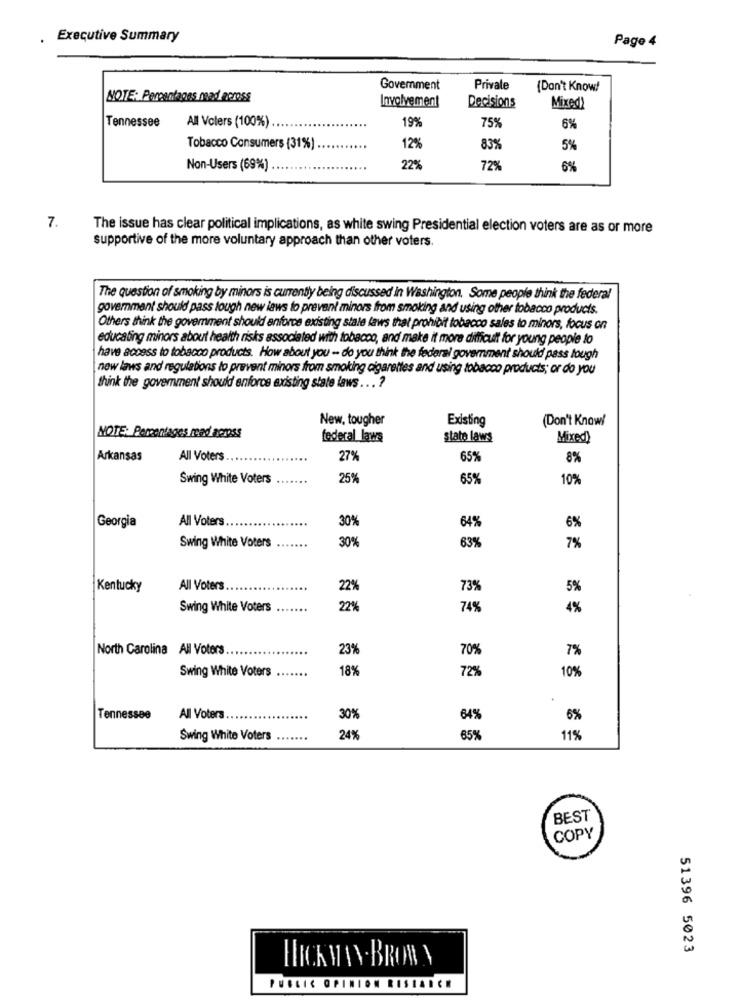
Executive Summary
Page 4
Government
Private
[Don't Know!
NOTE: Percentages mad nemss
Involvement
Decisions
Mixed
Tennessee
All Volers (100%).
19%
75%
6%
Tobacco Consumers (31%)
12%
83%
5%
Non-Users (69%)
22%
72%
6%
7.
The issue has clear political implications, as white swing Presidential election voters are as or more
supportive of the more voluntary approach than other voters.
The question of smoking by minors is currently being discussed in Washington. Some people think the federal
government should pass tough new laws to prevent minors from smoking and using other tobacco products.
Others think the government should anforce existing stale laws that prohibit tobacco sales to minors, focus on
educating minors about health risks associated with tobacco, and make it more difficult for young people to
have access to tobacco products. How about you - do you think the federal government should pass tough
new laws and regulations to prevent minors from smoking cigarettes and using tobacco products; or do you
think the government should enforce existing state laws ... ?
New, tougher
Existing
(Don't Know!
NOTE: Percentages read across
federal laws
state laws
Mixed)
Arkansas
All Voters
27%
65%
8%
Swing White Voters
25%
65%
10%
Georgia
All Voters
30%
64%
6%
Swing White Voters
30%
63%
7%
Kentucky
All Voters
22%
73%
5%
Swing White Voters
22%
74%
4%
North Carolina All Voters.
23%
70%
7%
Swing White Voters
18%
72%
10%
Tennessee
All Voters
30%
34%
6%
Swing White Voters
24%
65%
11%
BEST
COPY
51396 5023
HICK WAN- BRON Y
PUBLIC OPINION RISIANCE